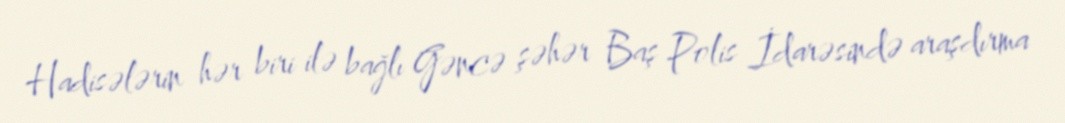
Hadisələrin hər biri ilə bağlı Gəncə şəhər Baş Polis İdarəsində araşdırma